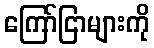
ကြော်ငြာများကို